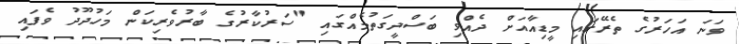
ވަނަ އަހަރުގެ ތެރޭގައި މީޑިއާއަށް ދެއްވި ބަސްދީގަތުމެއްގައި "ސަރުކާރުގެ ބާރުވެރިކަން މަހުދޫދު ވެފައި